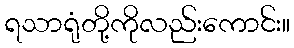
ရသာရုံတို့ကိုလည်းကောင်း။